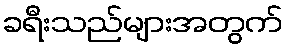
ခရီးသည်များအတွက်